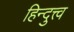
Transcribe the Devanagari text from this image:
हिन्दुत्त्व